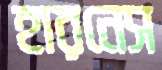
হারনেস